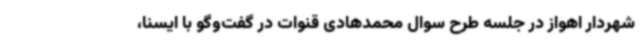
شهردار اهواز در جلسه طرح سوال محمدهادی قنوات در گفت‌وگو با ایسنا،